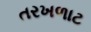
તરખળાટ